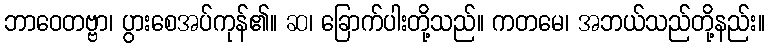
ဘာဝေတဗ္ဗာ၊ ပွားစေအပ်ကုန်၏။ ဆ၊ ခြောက်ပါးတို့သည်။ ကတမေ၊ အဘယ်သည်တို့နည်း။